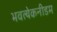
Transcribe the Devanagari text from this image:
भवत्येकनीडम